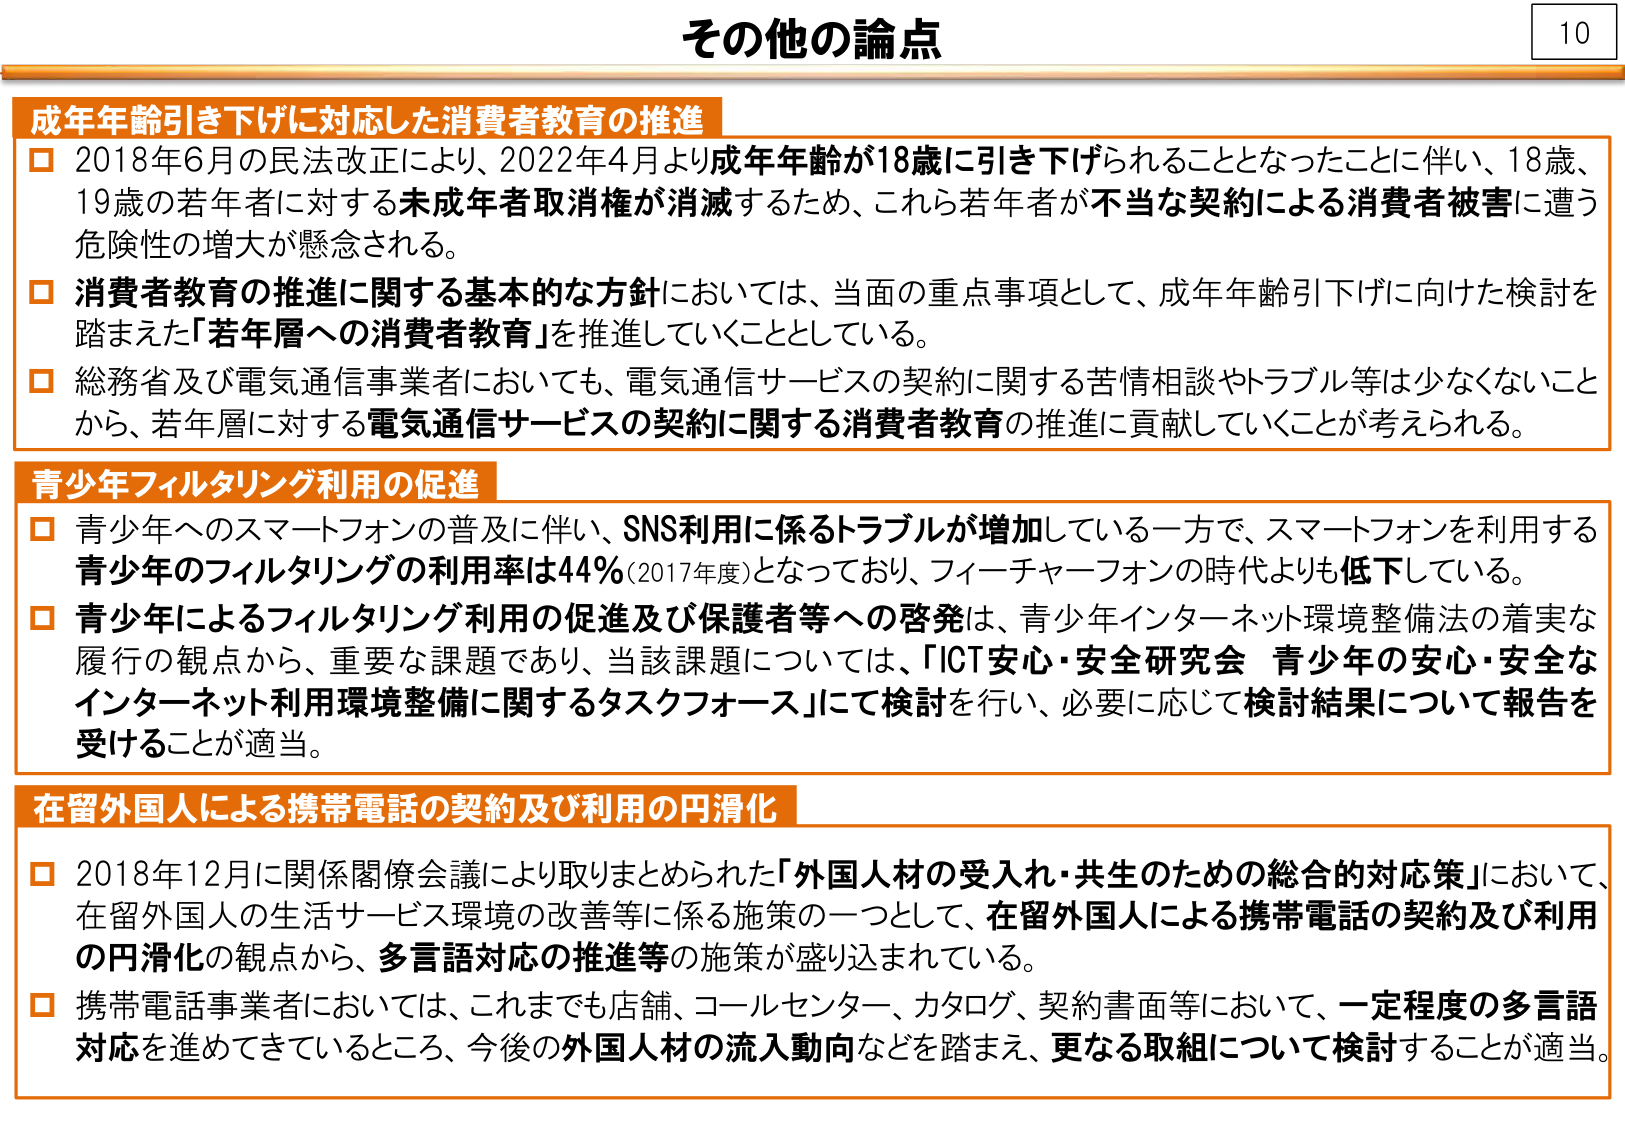
その他の論点

成年年齢引き下げに対応した消費者教育の推進
□ 2018年6月の民法改正により、2022年4月より成年年齢が18歳に引き下げられることとなったことに伴い、18歳、19歳の若年者に対する未成年者取消権が消滅するため、これら若年者が不当な契約による消費者被害に遭う危険性の増大が懸念される。
□ 消費者教育の推進に関する基本的な方針においては、当面の重点事項として、成年年齢引下げに向けた検討を踏まえた「若年層への消費者教育」を推進していくこととしている。
□ 総務省及び電気通信事業者においても、電気通信サービスの契約に関する苦情相談やトラブル等は少なくないことから、若年層に対する電気通信サービスの契約に関する消費者教育の推進に貢献していくことが考えられる。

青少年フィルタリング利用の促進
□ 青少年へのスマートフォンの普及に伴い、SNS利用に係るトラブルが増加している一方で、スマートフォンを利用する青少年のフィルタリングの利用率は44%（2017年度）となっており、フィーチャーフォンの時代よりも低下している。
□ 青少年によるフィルタリング利用の促進及び保護者等への啓発は、青少年インターネット環境整備法の着実な履行の観点から、重要な課題であり、当該課題については、「ICT安心・安全研究会 青少年の安心・安全なインターネット利用環境整備に関するタスクフォース」にて検討を行い、必要に応じて検討結果について報告を受けることが適当。

在留外国人による携帯電話の契約及び利用の円滑化
□ 2018年12月に関係閣僚会議により取りまとめられた「外国人材の受入れ・共生のための総合的対応策」において、在留外国人の生活サービス環境の改善等に係る施策の一つとして、在留外国人による携帯電話の契約及び利用の円滑化の観点から、多言語対応の推進等の施策が盛り込まれている。
□ 携帯電話事業者においては、これまでも店舗、コールセンター、カタログ、契約書面等において、一定程度の多言語対応を進めてきているところ、今後の外国人材の流入動向などを踏まえ、更なる取組について検討することが適当。

10